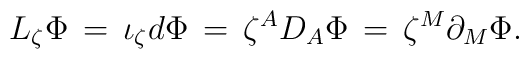
L_{\zeta}{\Phi} \,=\,{\iota}_{\zeta}d{\Phi} \,=\,{\zeta}^{A}D_{A}{\Phi}\,=\,{\zeta}^{M}\partial_{M}{\Phi}.